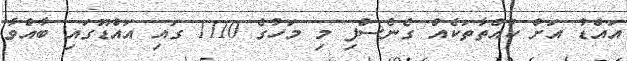
އައްޑު އަށް ކުއްތާތަކެއް ގެނެސްފި މި މަހުގެ 1110 ގައި އައްޑޫގައި ބާއްވާ